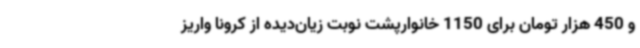
و 450 هزار تومان برای 1150 خانوارپشت نوبت زیان‌دیده از کرونا واریز